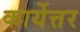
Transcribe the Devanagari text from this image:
कार्येत्तर